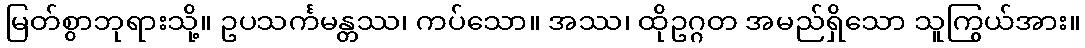
မြတ်စွာဘုရားသို့။ ဥပသင်္ကမန္တဿ၊ ကပ်သော။ အဿ၊ ထိုဥဂ္ဂတ အမည်ရှိသော သူကြွယ်အား။